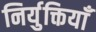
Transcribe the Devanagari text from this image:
निर्युक्तियाँ